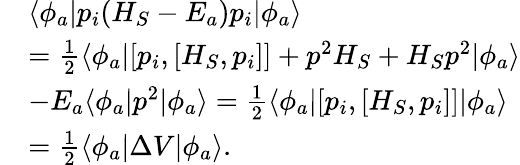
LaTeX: \begin{array}{rl}&{\langle\phi_{a}|p_{i}(H_{S}-E_{a})p_{i}|\phi_{a}\rangle}\\ &{=\frac{1}{2}\langle\phi_{a}|[p_{i},[H_{S},p_{i}]]+p^{2}H_{S}+H_{S}p^{2}|\phi_{a}\rangle}\\ &{-E_{a}\langle\phi_{a}|p^{2}|\phi_{a}\rangle=\frac{1}{2}\langle\phi_{a}|[p_{i},[H_{S},p_{i}]]|\phi_{a}\rangle}\\ &{=\frac{1}{2}\langle\phi_{a}|\Delta V|\phi_{a}\rangle.}\end{array}